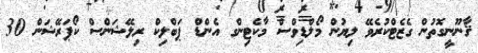
ޤާނޫނީގޮތުން ގެޒެޓްކުރެވޭ ލިޔުން މޯލްޑިވްސް މާކެޓިންގ އެންޑް ޕަބްލިކް ރިލޭޝަންސް ކޯޕަރޭޝަން 30